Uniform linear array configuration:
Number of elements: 48
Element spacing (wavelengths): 0.5
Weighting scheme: hann
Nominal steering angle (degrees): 30
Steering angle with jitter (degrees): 30.295
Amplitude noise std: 0.05
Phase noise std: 0.05

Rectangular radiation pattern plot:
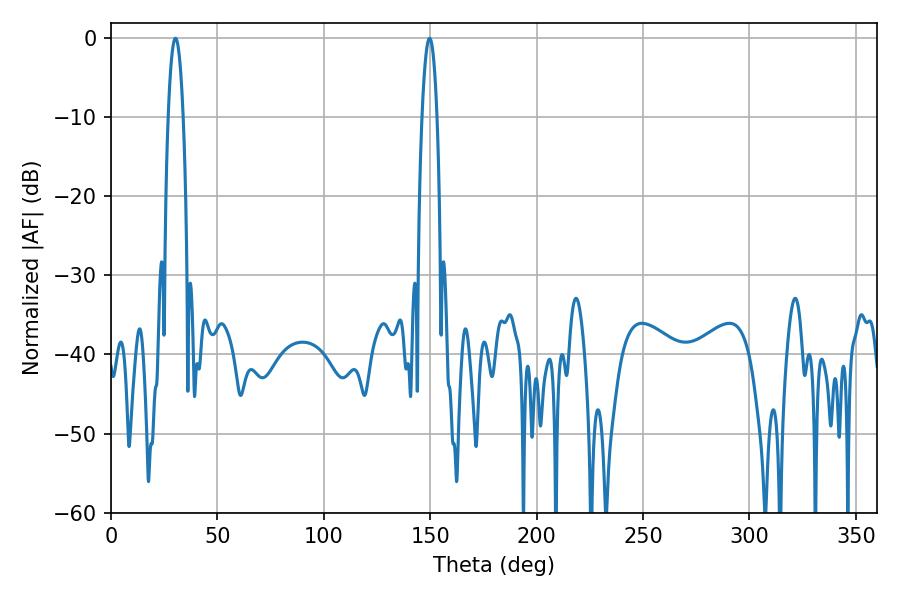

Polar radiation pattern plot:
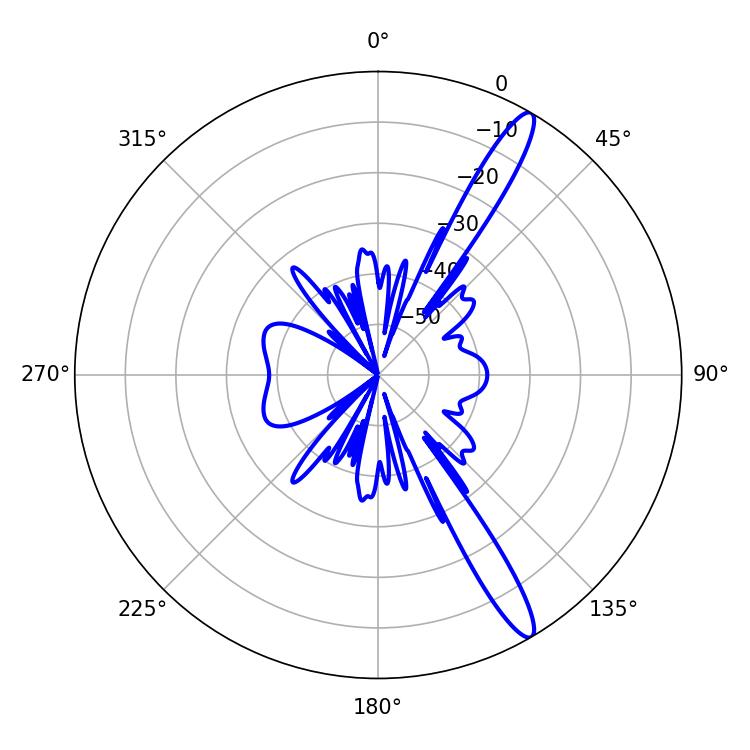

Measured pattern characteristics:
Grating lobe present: FALSE
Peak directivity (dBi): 14.295
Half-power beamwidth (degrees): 3.78
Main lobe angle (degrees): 30.24